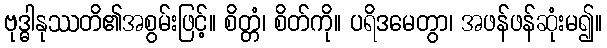
ဗုဒ္ဓါနုဿတိ၏အစွမ်းဖြင့်။ စိတ္တံ၊ စိတ်ကို။ ပရိဒမေတွာ၊ အဖန်ဖန်ဆုံးမ၍။